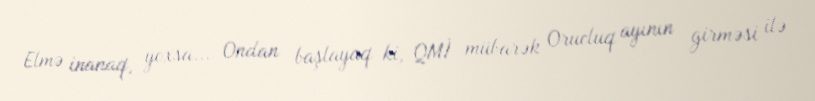
Elmə inanaq, yoxsa... Ondan başlayaq ki, QMİ mübarək Orucluq ayının girməsi ilə